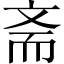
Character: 斋